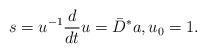
LaTeX: \begin{align*}s = u^{-1} \frac{d}{dt} u = \bar{D}^* a, u_0 = 1.\end{align*}